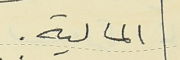
المالية.